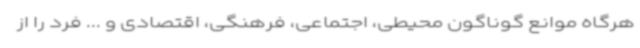
هرگاه موانع گوناگون محیطی، اجتماعی، فرهنگی، اقتصادی و ... فرد را از